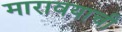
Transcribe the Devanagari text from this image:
मारावयाची